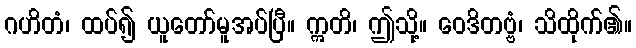
ဂဟိတံ၊ ထပ်၍ ယူတော်မူအပ်ပြီ။ ဣတိ၊ ဤသို့။ ဝေဒိတဗ္ဗံ၊ သိထိုက်၏။